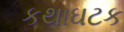
કથાઘટક